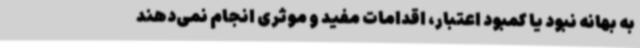
به بهانه نبود یا کمبود اعتبار، اقدامات مفید و موثری انجام نمی‌دهند